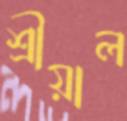
শ্রীয়াল